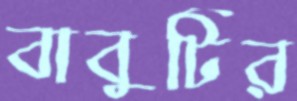
বাবুটির